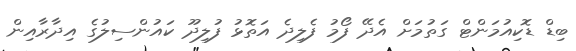
ބިޑް ޑޮކިއުމަންޓް ގަތުމަށް އެދޭ ފޯމު ފެލިދެ އަތޮޅު ފުލިދޫ ކައުންސިލުގެ އިދާރާއިން